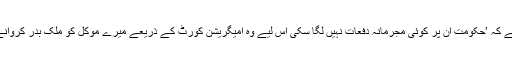
طالبعلم کی وکیل کا کہنا ہے کہ ’حکومت ان پر کوئی مجرمانہ دفعات نہیں لگا سکی اس لیے وہ امیگریشن کورٹ کے ذریعے میرے موکل کو ملک بدر کروانے کی کوشش کر رہی ہے۔